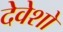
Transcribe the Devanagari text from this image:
देवेशो